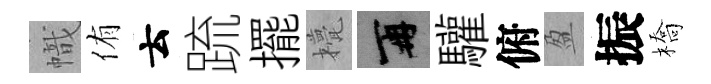
幟侑云䟽擺甍再驩俯盈振橋